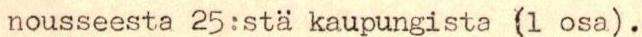
nousseesta 25:stä kaupungista (1 osa).